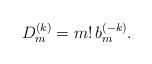
LaTeX: \begin{align*} D_m^{(k)}=m!\, b_m^{(-k)}.\end{align*}